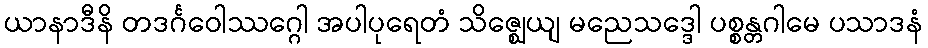
ယာနာဒီနိ တဒင်္ဂဝေါဿဂ္ဂေါ အပါပုရေတံ သိဇ္ဈေယျ မညေသဒ္ဒေါ ပစ္စန္တဂါမေ ပသာဒနံ